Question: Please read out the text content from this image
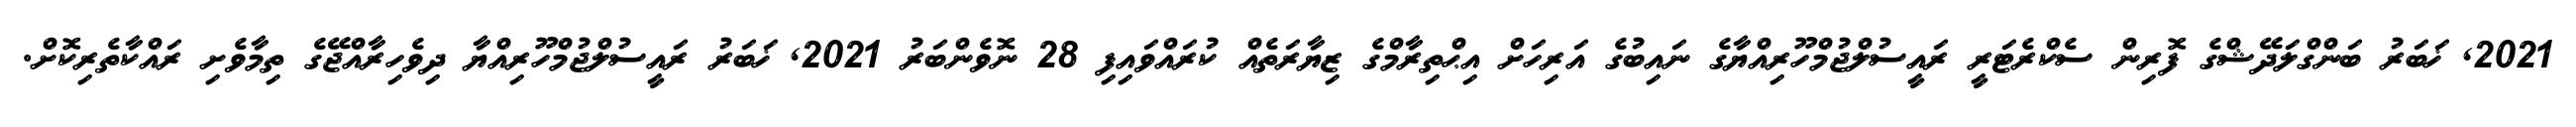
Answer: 2021, ޚަބަރު ބަންގްލަދޭޝްގެ ފޮރިން ސެކްރެޓަރީ ރައީސުލްޖުމްހޫރިއްޔާގެ ނައިބުގެ އަރިހަށް އިޙްތިރާމްގެ ޒިޔާރަތެއް ކުރައްވައިފި 28 ނޮވެންބަރު 2021, ޚަބަރު ރައީސުލްޖުމްހޫރިއްޔާ ދިވެހިރާއްޖޭގެ ތިމާވެށި ރައްކާތެރިކޮށް.